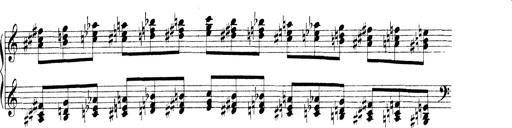
Title: Technische Studien
Composer: Franz Liszt